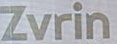
Zvrin